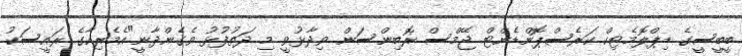
ބީބީސީގެ ޑިޕްލޮމެޓިކް ކަރެސްޕޮންޑެންޓް ޖޭމްސް ރޮބިންސަން ވިދާޅުވީ މި ދަތުފުޅު ވެގެންދާނީ"އެމެރިކާގެ ރައީސަކު